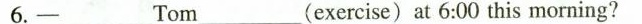
6.-____Tom____(exercise)at 6:00 this morning?